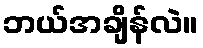
ဘယ်အချိန်လဲ။